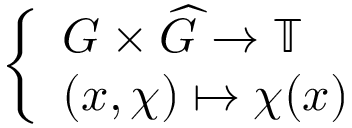
\left\{ \begin{array} { l l } { G \times { \widehat { G } } \to \mathbb { T } } \\ { ( x , \chi ) \mapsto \chi ( x ) } \end{array} \right.